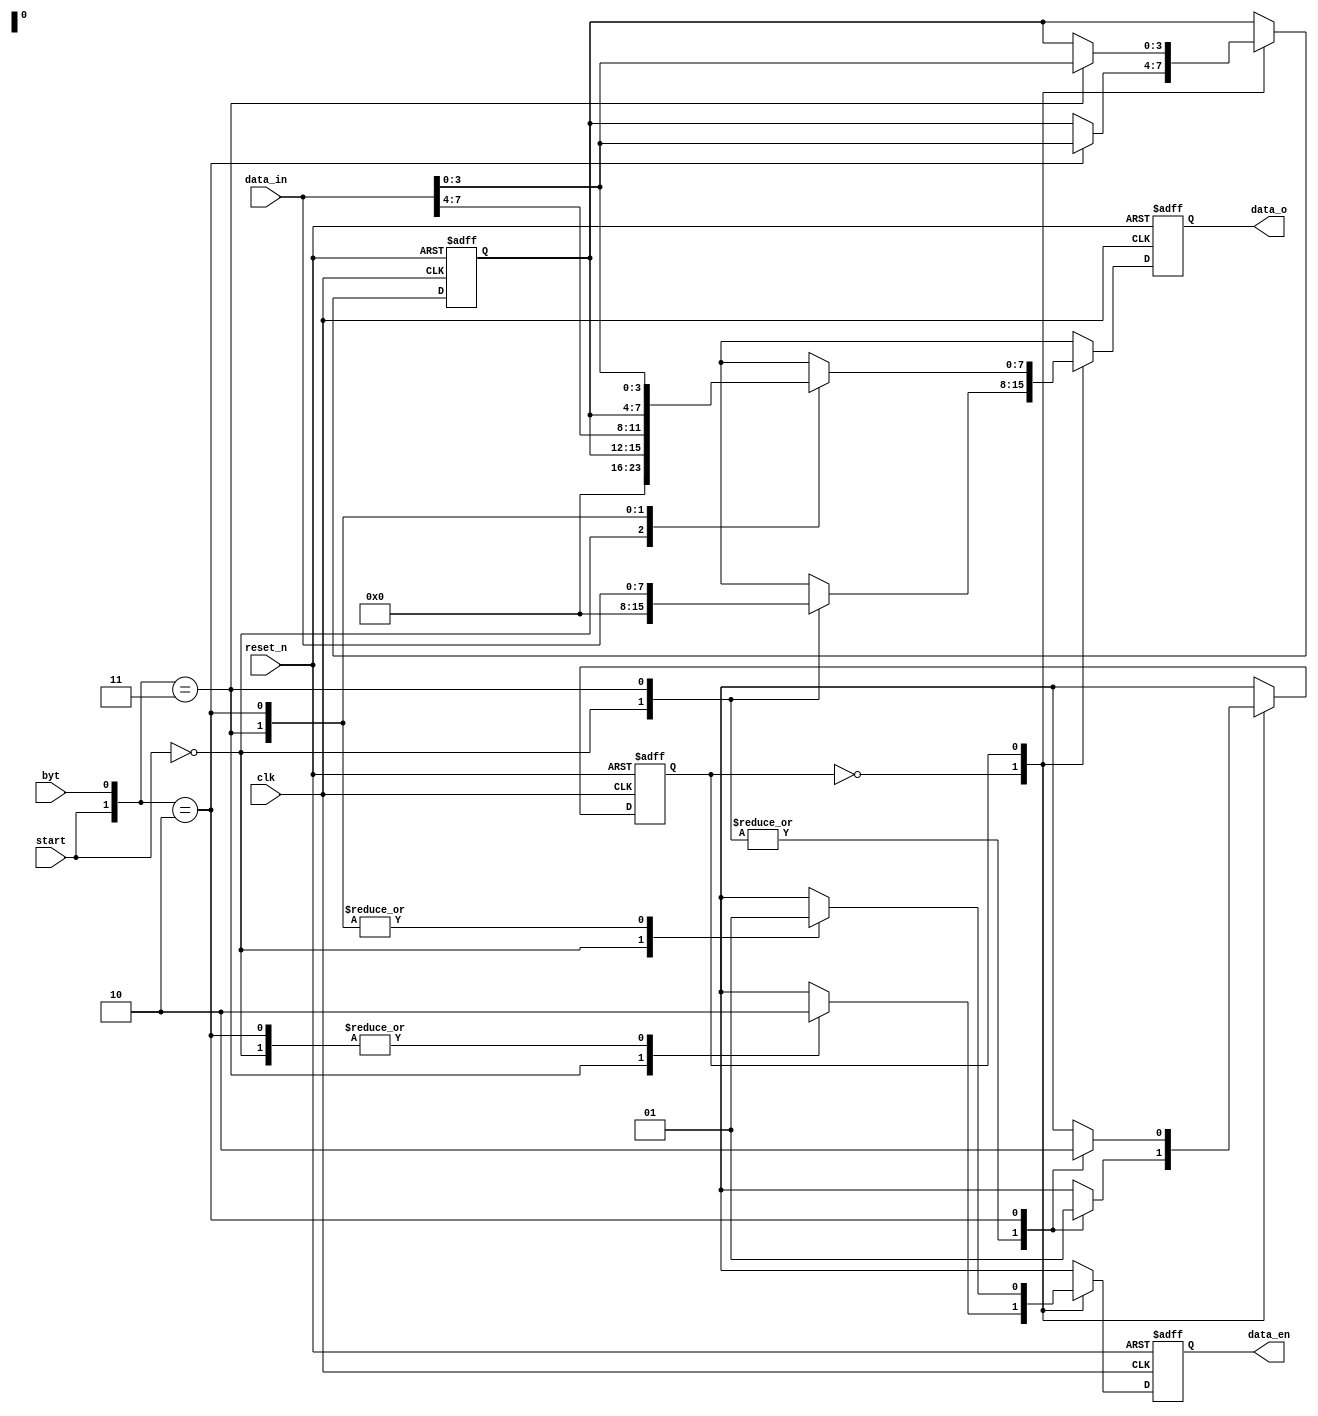
//using mealy state machine
module data_trans (
    input       reset_n ,//asyn, low active.
    input       start   ,
    input       clk     ,
    input [7:0] data_in ,
    input       byt     ,
    output reg [7:0] data_o  ,
    output reg       data_en 
);
parameter   IDLE            = 1'b0  ,//Ordinary transmission.
            S_UNSENT_DATA   = 1'b1  ;//4 bits of unsent data exist.
reg         state_cur;
reg [3:0]   data_buf;
always @(posedge clk or negedge reset_n) begin
    if(~reset_n) begin
        data_buf    <= 'b0  ;
        data_en     <= 'b0  ;
        data_o      <= 'b0  ;
        state_cur   <= IDLE ;
    end else casex (state_cur)
		IDLE    :   casex ({start,byt})
            2'b0x:  begin
                    data_en     <= 'b0          ;   
                    data_o      <= 'b0          ;  
                    state_cur   <= IDLE         ;  end
            2'b11:  begin
                    data_en     <= 'b1          ;    
                    data_o      <= data_in      ;    
                    state_cur   <= IDLE         ;  end   
            2'b10:  begin
                    data_buf    <= data_in[3:0] ;    
                    data_en     <= 'b0          ;    
                    data_o      <= 'bx          ;    
                    state_cur   <= S_UNSENT_DATA;  end
            endcase
		S_UNSENT_DATA   :   casex ({start,byt}) 
            2'b0x:  begin
                    data_en     <= 'b0          ;  
                    data_o      <= 'b0          ;  
                    state_cur   <= S_UNSENT_DATA;  end
            2'b11:  begin
                    data_buf    <= data_in[3:0] ;    
                    data_en     <= 'b1          ;    
                    data_o      <= { data_buf , data_in[7:4] };    
                    state_cur   <= S_UNSENT_DATA; end   
            2'b10:  begin
                    data_en     <= 'b1          ;    
                    data_o      <= { data_buf , data_in[3:0] };     
                    state_cur   <= IDLE         ; end        
            endcase
    endcase
end
endmodule